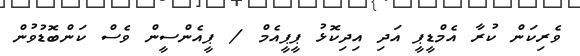
ވެރިކަން ކުރާ އެމްޑީޕީ އަދި އިދިކޮޅު ޕީޕީއެމް / ޕީއެންސީން ވެސް ކަންބޮޑުވުން